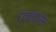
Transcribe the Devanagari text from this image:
जनांस